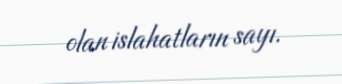
olan islahatların sayı.